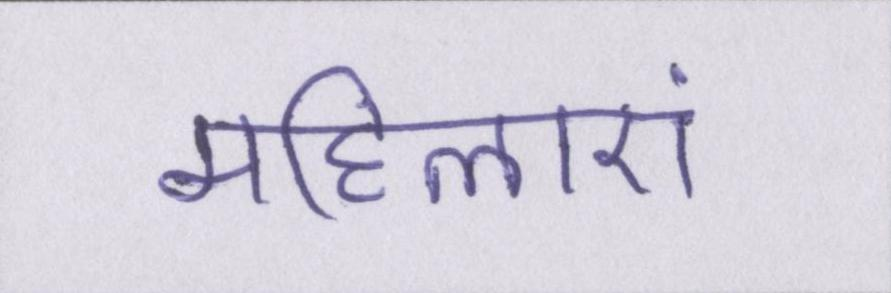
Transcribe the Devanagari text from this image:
महिलाएं